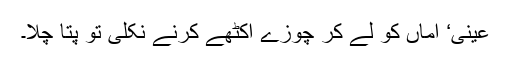
عینی‘ اماں کو لے کر چوزے اکٹھے کرنے نکلی تو پتا چلا۔